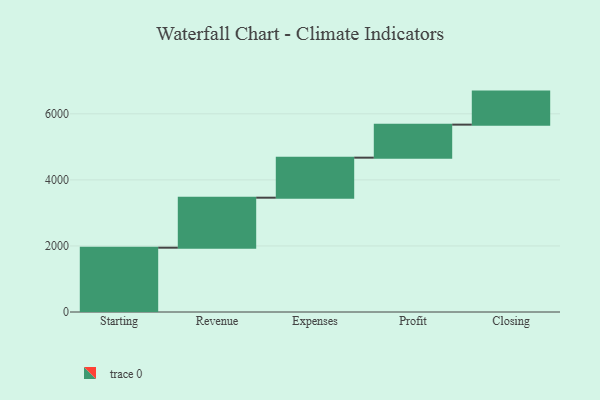
{"axis": {"x": "Step", "y": "Value"}, "legend": [""], "data": [{"x": "Starting", "y": 1947.0, "type": ""}, {"x": "Revenue", "y": 1514.0, "type": ""}, {"x": "Expenses", "y": 1212.0, "type": ""}, {"x": "Profit", "y": 1000, "type": ""}, {"x": "Closing", "y": 1000, "type": ""}]}